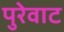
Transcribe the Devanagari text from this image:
पुरेवाट